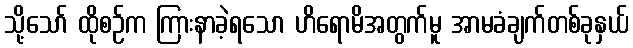
သို့သော် ထိုစဉ်က ကြားနာခဲ့ရသော ဟိရောမိအတွက်မူ အာမခံချက်တစ်ခုနှယ်